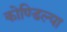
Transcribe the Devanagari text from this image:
कोण्डिल्या